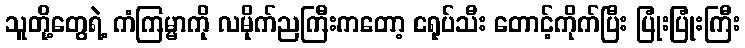
သူတို့တွေရဲ့ ကံကြမ္မာကို လမိုက်ညကြီးကတော့ ငရုပ်သီး တောင့်ကိုက်ပြီး ပြုံးပြုံးကြီး